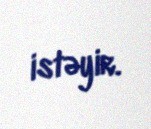
istəyir.